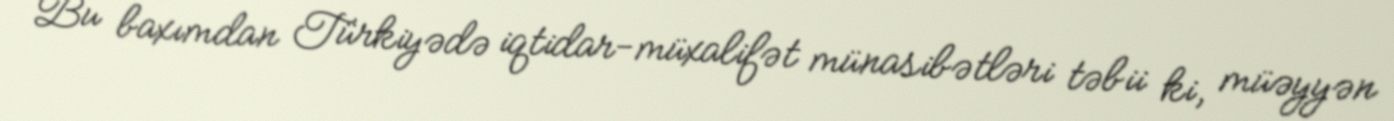
Bu baxımdan Türkiyədə iqtidar-müxalifət münasibətləri təbii ki, müəyyən